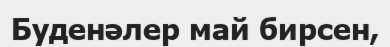
Буденәлер май бирсен,